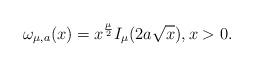
LaTeX: \begin{align*}\omega_{\mu,a}(x)=x^{\frac{\mu}{2}}I_{\mu}(2a\sqrt{x}), x>0.\end{align*}